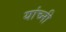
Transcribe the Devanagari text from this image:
यांच्नी